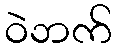
ဝဲဘက်